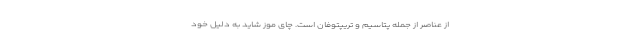
از عناصر از جمله پتاسیم و تریپتوفان است. چای موز شاید به دلیل خود